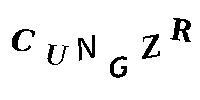
CUNGZR